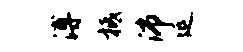
溥柢沛延